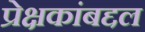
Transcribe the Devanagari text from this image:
प्रेक्षकांबद्दल